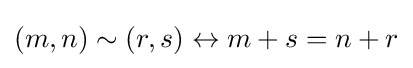
(m,n)\sim (r,s)\leftrightarrow m+s=n+r